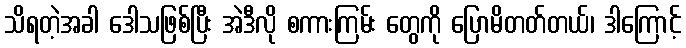
သိရတဲ့အခါ ဒေါသဖြစ်ပြီး အဲဒီလို စကားကြမ်း တွေကို ပြောမိတတ်တယ်၊ ဒါကြောင့်